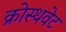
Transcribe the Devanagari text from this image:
क्रोस्थवेट